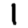
Digit: 1